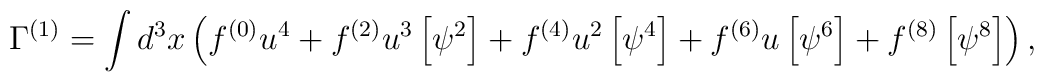
\Gamma^{(1)} =  \int d^3 x \left( f^{(0)} u^4 + f^{(2)} u^3 \left[ \psi^2 \right] + f^{(4)} u^2 \left[ \psi^4 \right]+ f^{(6)} u \left[ \psi^6 \right]+ f^{(8)}  \left[ \psi^8 \right] \right) ,